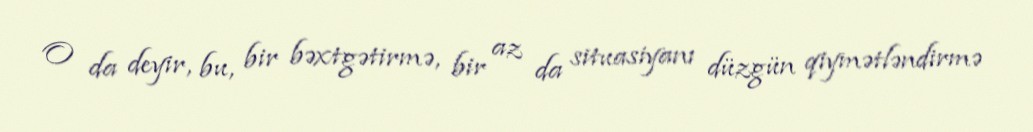
O da deyir, bu, bir bəxtgətirmə, bir az da situasiyanı düzgün qiymətləndirmə